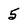
Character: 5